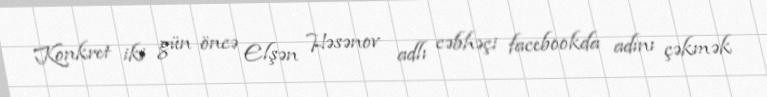
Konkret iki gün öncə Elşən Həsənov adlı cəbhəçi facebookda adını çəkmək